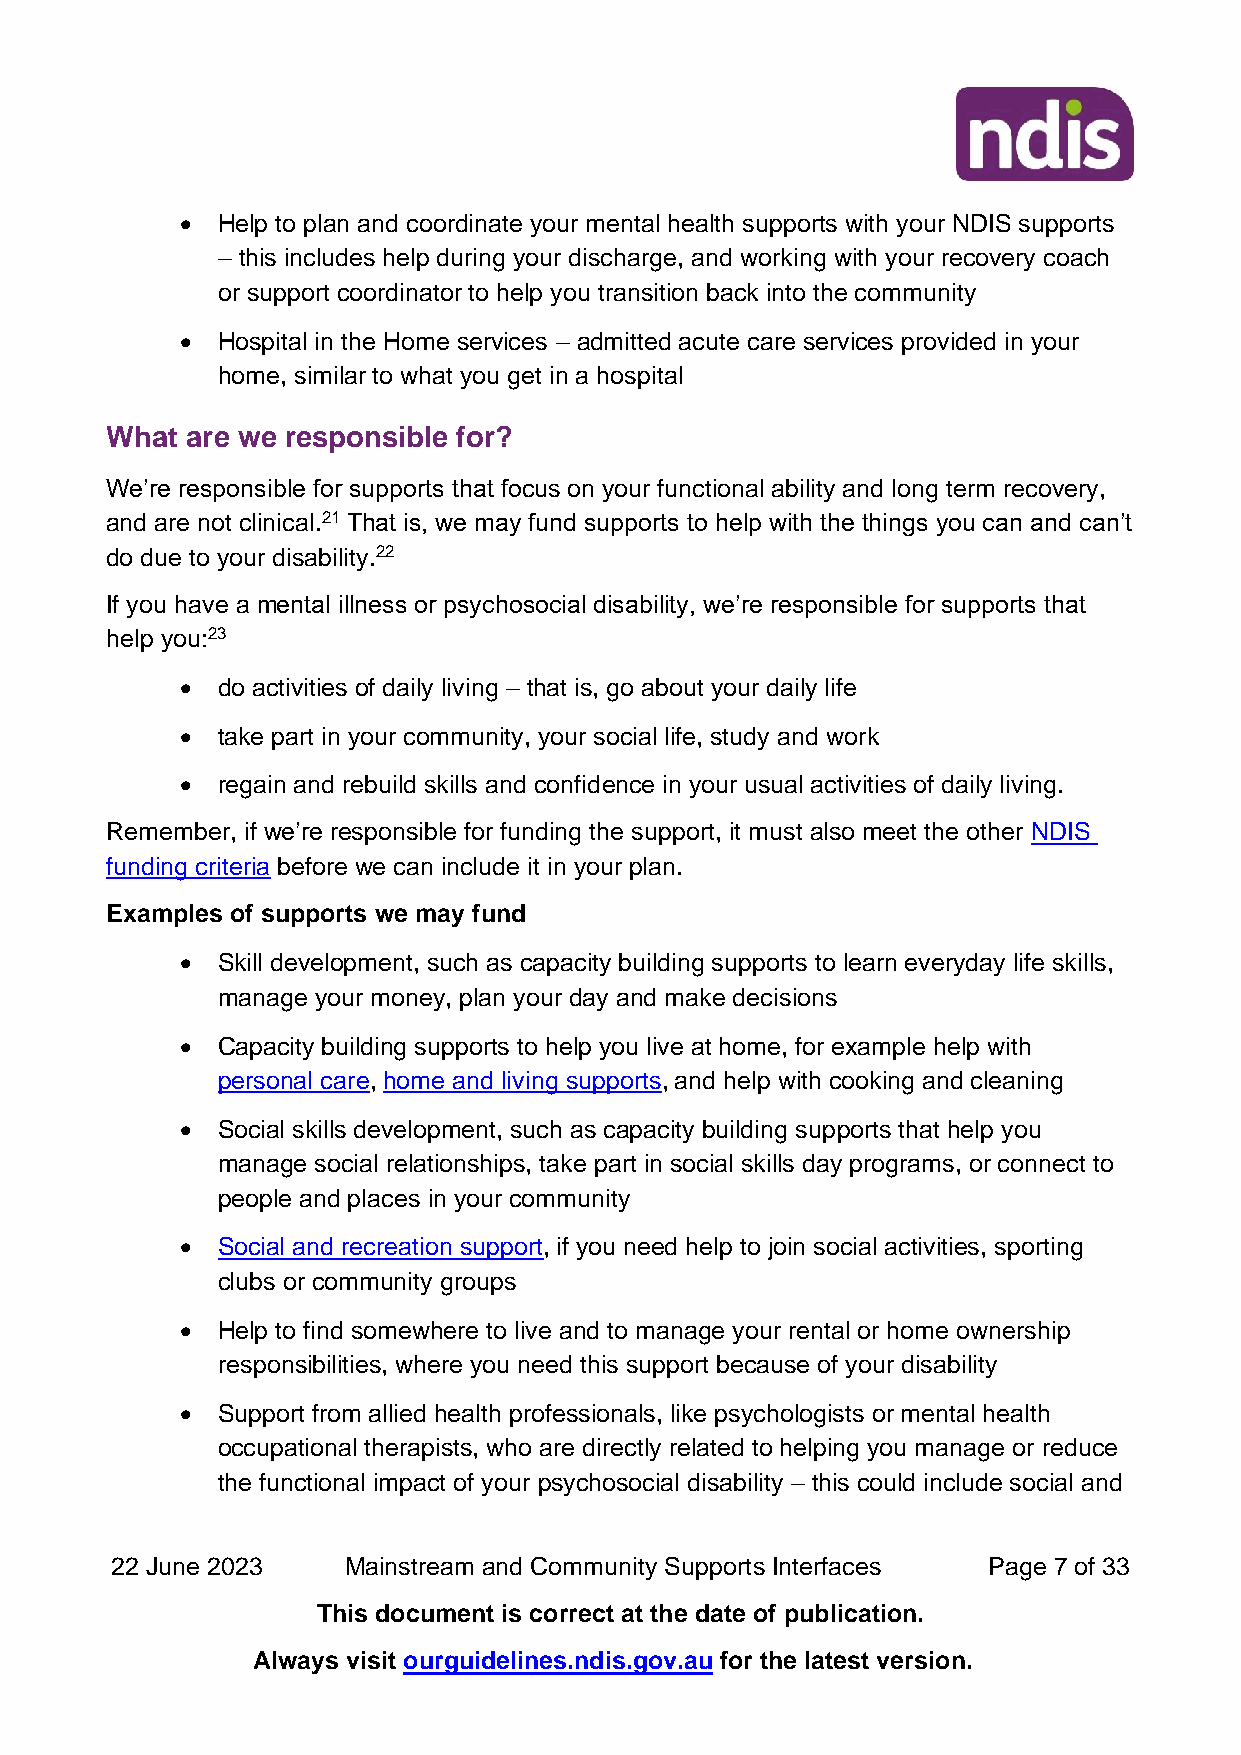
• Help to plan and coordinate your mental health supports with your NDIS supports
 – this includes help during your discharge, and working with your recovery coach
 or support coordinator to help you transition back into the community
 • Hospital in the Home services – admitted acute care services provided in your
 home, similar to what you get in a hospital
 What are we responsible for?
 We’re responsible for supports that focus on your functional ability and long term recovery,
 and are not clinical.21 That is, we may fund supports to help with the things you can and can’t
 do due to your disability.22
 If you have a mental illness or psychosocial disability, we’re responsible for supports that
 help you:23
 • do activities of daily living – that is, go about your daily life
 • take part in your community, your social life, study and work
 • regain and rebuild skills and confidence in your usual activities of daily living.
 Remember, if we’re responsible for funding the support, it must also meet the other NDIS
 funding criteria before we can include it in your plan.
 Examples of supports we may fund
 • Skill development, such as capacity building supports to learn everyday life skills,
 manage your money, plan your day and make decisions
 • Capacity building supports to help you live at home, for example help with
 personal care, home and living supports, and help with cooking and cleaning
 • Social skills development, such as capacity building supports that help you
 manage social relationships, take part in social skills day programs, or connect to
 people and places in your community
 • Social and recreation support, if you need help to join social activities, sporting
 clubs or community groups
 • Help to find somewhere to live and to manage your rental or home ownership
 responsibilities, where you need this support because of your disability
 • Support from allied health professionals, like psychologists or mental health
 occupational therapists, who are directly related to helping you manage or reduce
 the functional impact of your psychosocial disability – this could include social and
 22 June 2023    Mainstream and Community Supports Interfaces Page 7 of 33
 This document is correct at the date of publication.
 Always visit ourguidelines.ndis.gov.au for the latest version.